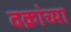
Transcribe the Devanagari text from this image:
वक्रांच्या